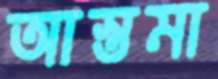
আস্তমা